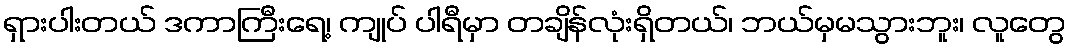
ရှားပါးတယ် ဒကာကြီးရေ့၊ ကျုပ် ပါရီမှာ တချိန်လုံးရှိတယ်၊ ဘယ်မှမသွားဘူး၊ လူတွေ